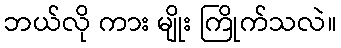
ဘယ်လို ကား မျိုး ကြိုက်သလဲ။